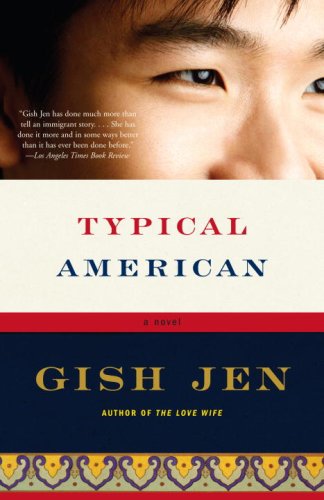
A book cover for Typical American (Vintage Contemporaries); Gish Jen; Literature & Fiction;